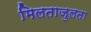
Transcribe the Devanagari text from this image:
मिलताजुलता